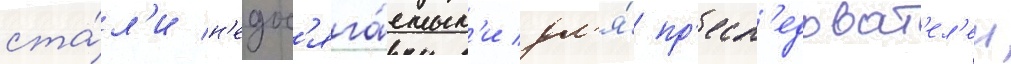
ста́л'и н'едос'яга́емым'и дл'я́ пр'есл'едоват'ел'еи